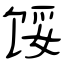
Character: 馁